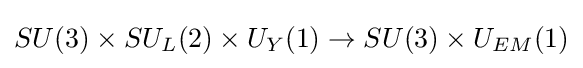
SU(3)\times SU_{L}(2)\times U_{Y}(1)\rightarrow SU(3)\times U_{EM}(1)